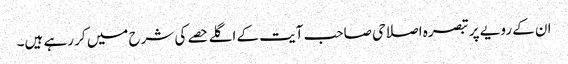
ان کے رویے پر تبصرہ اصلاحی صاحب آیت کے اگلے حصے کی شرح میں کر رہے ہیں۔